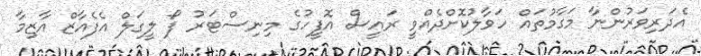
އެދަރިވަރުންނާ މަގާމުތައް ހަވާލުކޮށްދެއްވީ ރައީސް އޮފީހުގެ މިނިސްޓަރު ފޯ ލީގަލް އެފެއާޒް އާޒިމާ